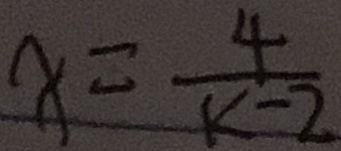
x = \frac { 4 } { k - 2 }